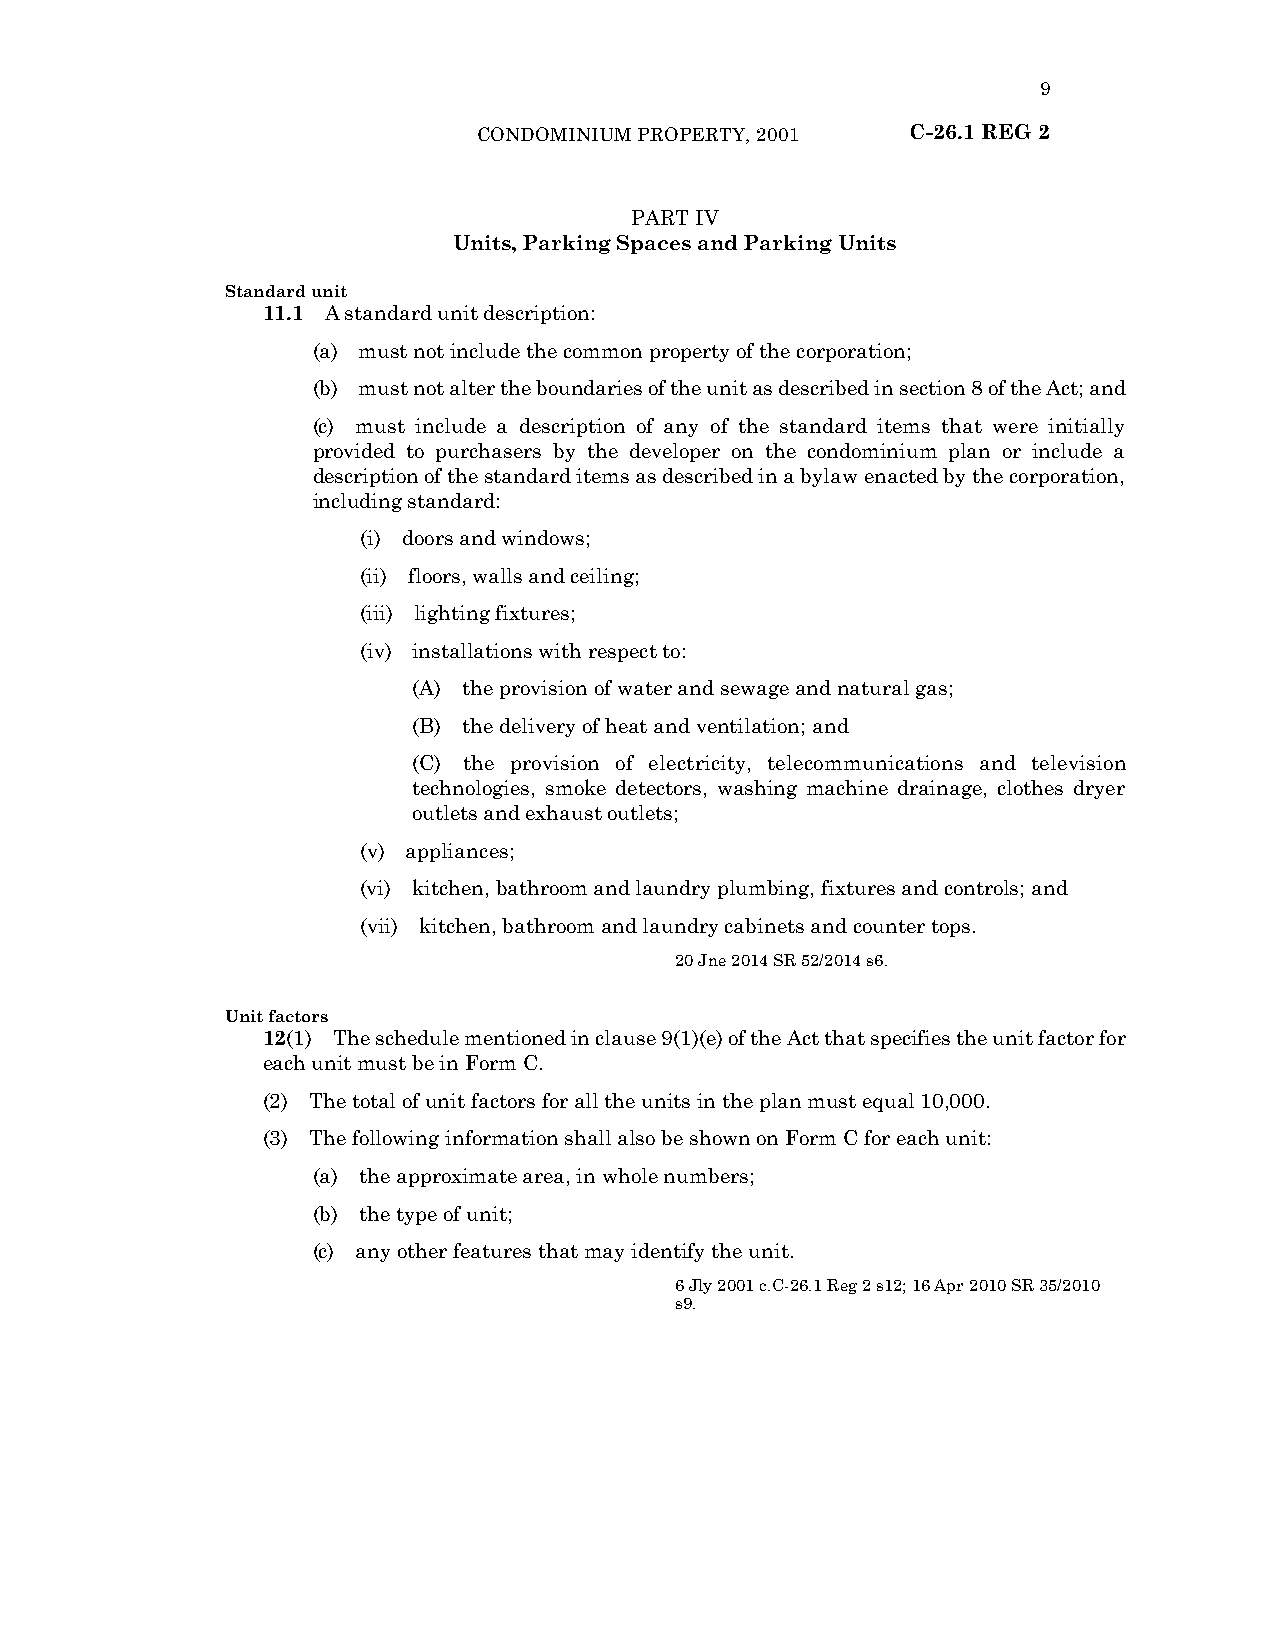
9
 CONDOMINIUM PROPERTY, 2001  C-26.1 REG 2
 PART IV
 Units, Parking Spaces and Parking Units
 Standard unit
 11.1 A standard unit description:
 (a) must not include the common property of the corporation;
 (b) must not alter the boundaries of the unit as described in section 8 of the Act; and
 (c) must include a description of any of the standard items that were initially
 provided to purchasers by the developer on the condominium plan or include a
 description of the standard items as described in a bylaw enacted by the corporation,
 including standard:
 (i) doors and windows;
 (ii) floors, walls and ceiling;
 (iii) lighting fixtures;
 (iv) installations with respect to:
 (A) the provision of water and sewage and natural gas;
 (B) the delivery of heat and ventilation; and
 (C) the provision of electricity, telecommunications and television
 technologies, smoke detectors, washing machine drainage, clothes dryer
 outlets and exhaust outlets;
 (v) appliances;
 (vi) kitchen, bathroom and laundry plumbing, fixtures and controls; and
 (vii) kitchen, bathroom and laundry cabinets and counter tops.
 20 Jne 2014 SR 52/2014 s6.
 Unit factors
 12(1) The schedule mentioned in clause 9(1)(e) of the Act that specifies the unit factor for
 each unit must be in Form C.
 (2) The total of unit factors for all the units in the plan must equal 10,000.
 (3) The following information shall also be shown on Form C for each unit:
 (a) the approximate area, in whole numbers;
 (b) the type of unit;
 (c) any other features that may identify the unit.
 6 Jly 2001 c.C-26.1 Reg 2 s12; 16 Apr 2010 SR 35/2010
 s9.